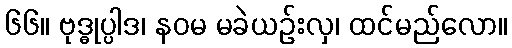
၆၆။ ဗုဒ္ဓုပ္ပါဒ၊ နဝမ မခဲယဉ်းလှ၊ ထင်မည်လော။